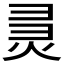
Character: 𰞞